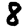
Digit: 8